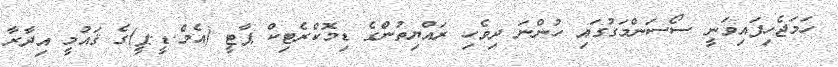
ހަމަޖެހިފައިވަނީ ސޯސަންމަގުގައި ހުންނަ ދިވެހި ރައްޔިތުންގެ ޑިމޮކްރެޓިކް ޕާޓީ (އެމް.ޑީ.ޕީ)ގެ ޤައުމީ އިދާރާ